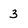
Character: 3